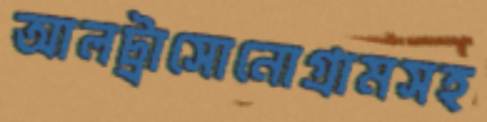
আলট্রাসোনোগ্রামসহ